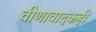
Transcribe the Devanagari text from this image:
वीणावादकही